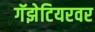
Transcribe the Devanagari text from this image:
गॅझेटियरवर